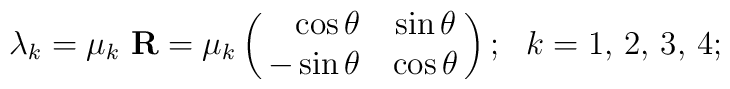
\lambda_k = \mu_k \ {\bf R} = \mu_k \left(		\matrix{\hfill \cos\theta & \sin\theta \cr		\hfill - \sin\theta & \cos\theta \cr}\right); \ \ k = 1, \,		2, \, 3, \, 4;